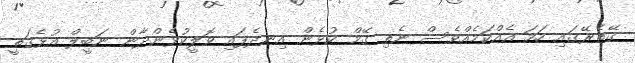
ގޭތެރޭގައި ހަމަ އެއްކަމެއްވެސް ނެތި ގޭމް ކުޅެން އިނދެފައި ވޮލީކުޅެންދާން ނަބީލް އުޅެގަތީ